画像に写った文字を読んでください
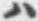
「ハ」と書いてあります